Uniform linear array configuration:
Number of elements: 48
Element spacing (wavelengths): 0.75
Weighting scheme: cosine
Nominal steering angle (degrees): -45
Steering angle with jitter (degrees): -43.762
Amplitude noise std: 0.05
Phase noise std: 0.05

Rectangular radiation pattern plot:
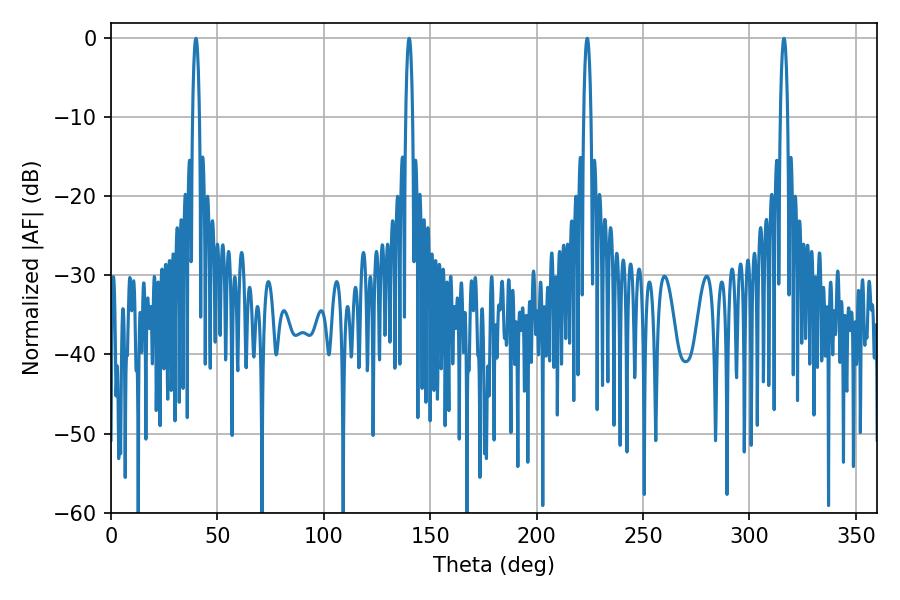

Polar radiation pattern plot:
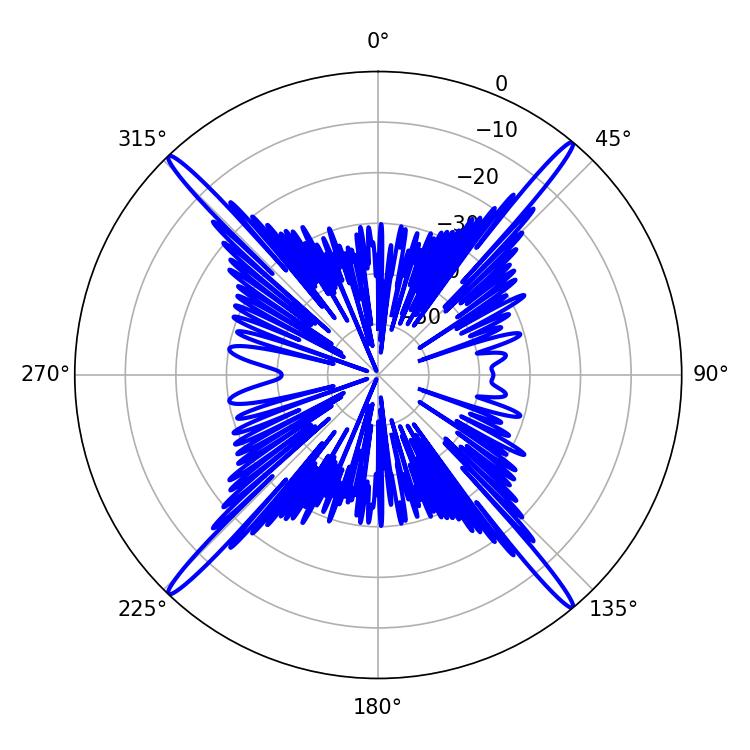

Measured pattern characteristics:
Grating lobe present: TRUE
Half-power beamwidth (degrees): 1.8
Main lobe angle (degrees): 223.74